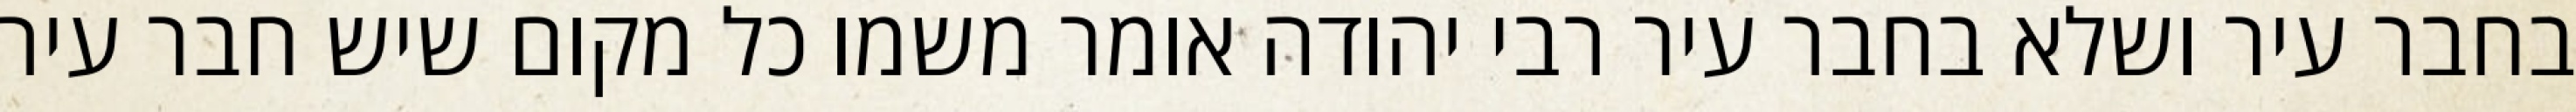
בחבר עיר ושלא בחבר עיר רבי יהודה אומר משמו כל מקום שיש חבר עיר